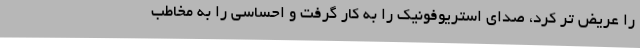
را عریض تر کرد، صدای استریوفونیک را به کار گرفت و احساسی را به مخاطب